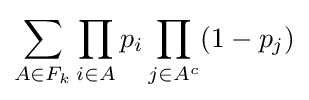
\sum \limits _{A\in F_{k}}\prod \limits _{i\in A}p_{i}\prod \limits _{j\in A^{c}}(1-p_{j})